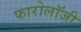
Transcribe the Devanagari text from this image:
फारोलॉजी